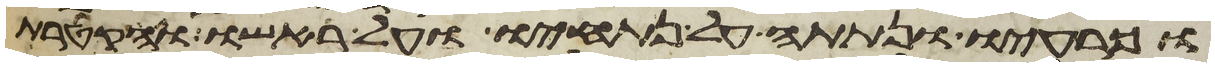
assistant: וכרעיו ונתתה על נתחיו ועל ראשו והקטרת